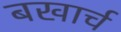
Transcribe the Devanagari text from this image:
बखार्च